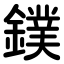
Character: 鏷